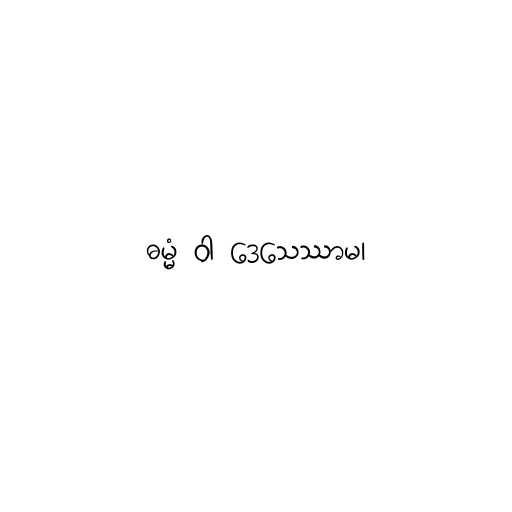
ဓမ္မံ ဝါ ဒေသေဿာမ၊